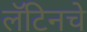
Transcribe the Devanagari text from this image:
लॅटिनचे